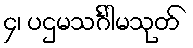
၄၊ ပဌမသင်္ဂါမသုတ်